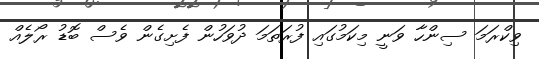
ވިކްރަމަ ސިންހާ ވަނީ މިކަމުގައި ފުރަތަމަ ދުވަހުން ފެށިގެން ވެސް ބޮޑު ރޯލެއް